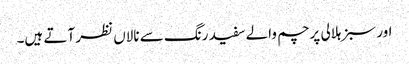
اور سبز ہلالی پرچم والے سفید رنگ سے نالاں نظر آتے ہیں۔